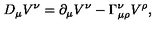
D _ { \mu } V ^ { \nu } = \partial _ { \mu } V ^ { \nu } - \Gamma _ { \mu \rho } ^ { \nu } V ^ { \rho } ,